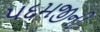
પદમજીની